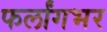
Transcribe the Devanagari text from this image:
फर्लांगभर